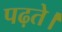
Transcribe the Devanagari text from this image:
पढ़ते।